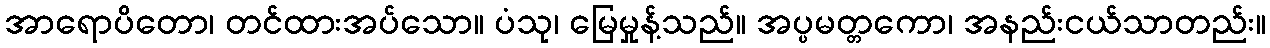
အာရောပိတော၊ တင်ထားအပ်သော။ ပံသု၊ မြေမှုန့်သည်။ အပ္ပမတ္တကော၊ အနည်းငယ်သာတည်း။